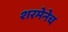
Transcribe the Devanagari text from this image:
शरमेनेच